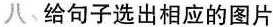
八给句子选出相应的图片。